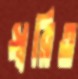
স্বরিত